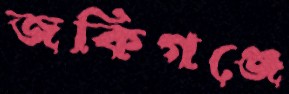
জকিগঞ্জে